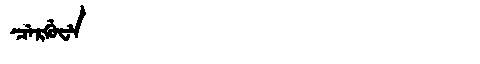
Manchu: ᠴᡝᡵᡤᡠᠸᡝ
Romanization: CERGUWE